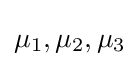
\mu _{1},\mu _{2},\mu _{3}